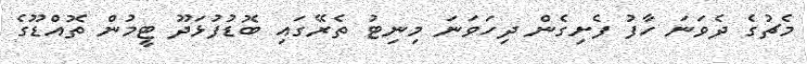
މެޗުގެ ދެވަަނަ ހާފު ފެށިގެން ދިހަވަނަ މިނިޓު ތެރޭގައި ބޮޑުފުޅަދޫ ޓީމުން ތޮއްޑޫގެ